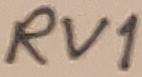
Text: RV1